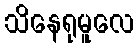
သိနေရုမူလေ